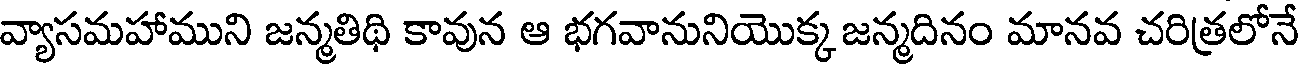
వ్యాసమహాముని జన్మతిథి కావున ఆ భగవానునియొక్క జన్మదినం మానవ చరిత్రలోనే